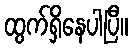
ထွက်ရှိနေပါပြီ။